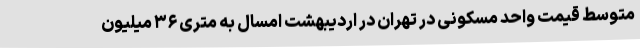
متوسط قیمت واحد مسکونی در تهران در اردیبهشت امسال به متری ۳۶ میلیون